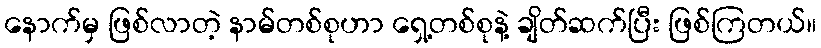
နောက်မှ ဖြစ်လာတဲ့ နာမ်တစ်စုဟာ ရှေ့တစ်စုနဲ့ ချိတ်ဆက်ပြီး ဖြစ်ကြတယ်။